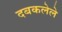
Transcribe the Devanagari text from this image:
दबकलेले